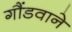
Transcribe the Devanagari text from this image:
गौंडवाने